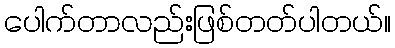
ပေါက်တာလည်းဖြစ်တတ်ပါတယ်။